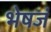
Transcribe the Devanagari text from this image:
भेषजं